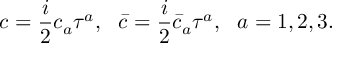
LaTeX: c = \frac { i } { 2 } c _ { a } \tau ^ { a } , ~ ~ \bar { c } = \frac { i } { 2 } \bar { c } _ { a } \tau ^ { a } , ~ ~ a = 1 , 2 , 3 .